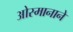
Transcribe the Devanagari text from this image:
ओस्मानाने